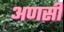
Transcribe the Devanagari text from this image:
अणसी